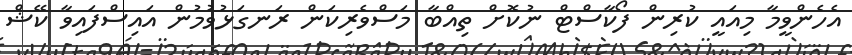
އެހެންވީމާ މިއައީ ކުރިން ފޯކާސްޓް ނުކޮށް ތިއްބާ މަސްވެރިކަން ރަނގަޅުވުމުން އައިސްފައިވާ ކޭޝް